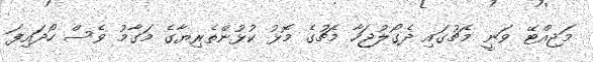
މަޖިއްޓޭ ވަނީ މެޗުގައި ދެގޯލުޖަހާ މެޗުގެ މޮޅު ކުޅުންތެރިޔާގެ މަގާމު ވެސް ހޯދައިފަ